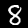
Digit: 8